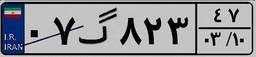
۰۷گ۸۲۳۴۷